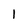
Character: l